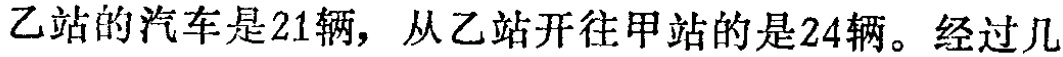
乙站的汽车是21辆，从乙站开往甲站的是24辆。经过几